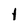
Character: l